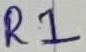
Text: R1